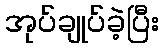
အုပ်ချုပ်ခဲ့ပြီး